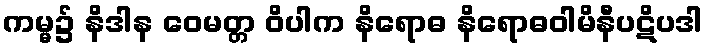
ကမ္မ၌ နိဒါန ဝေမတ္တ ဝိပါက နိရောဓ နိရောဓဝါမိနီပဋိပဒါ